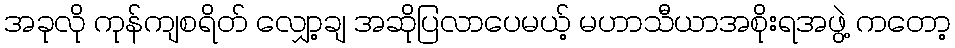
အခုလို ကုန်ကျစရိတ် လျှော့ချ အဆိုပြလာပေမယ့် မဟာသီယာအစိုးရအဖွဲ့ ကတော့